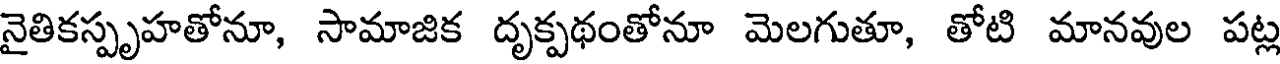
నైతికస్పృహతోనూ, సామాజిక దృక్పథంతోనూ మెలగుతూ, తోటి మానవుల పట్ల